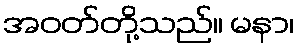
အဝတ်တို့သည်။ မနာ၊